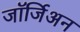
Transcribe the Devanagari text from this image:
जॉर्जिअन